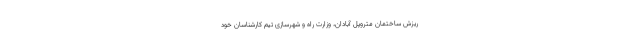
ریزش ساختمان متروپل آبادان، وزارت راه و شهرسازی تیم کارشناسان خود